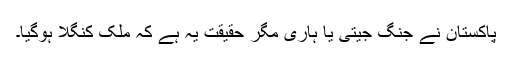
پاکستان نے جنگ جیتی یا ہاری مگر حقیقت یہ ہے کہ ملک کنگلا ہوگیا۔